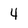
Character: 4